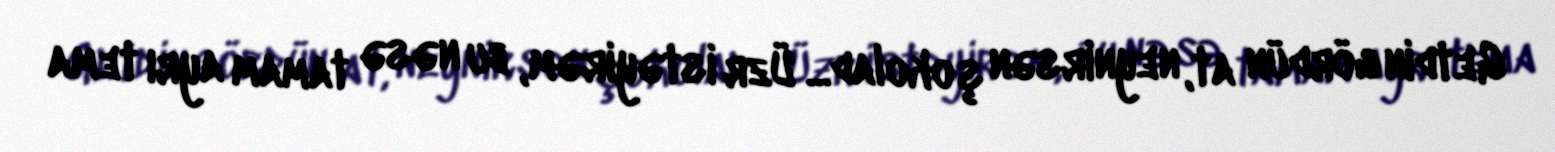
Getdin gördün at, neynirsən şokolad... Üzr istəyirəm, bu nəsə tamam ayrı tema